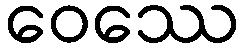
ဝေဿေ